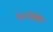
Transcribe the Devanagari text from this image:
थे।नोबेल